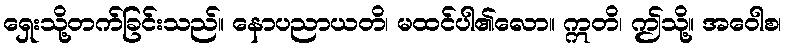
ရှေးသို့တက်ခြင်းသည်။ နောပညာယတိ၊ မထင်ပါ၏လော။ ဣတိ၊ ဤသို့။ အဝေါစ၊